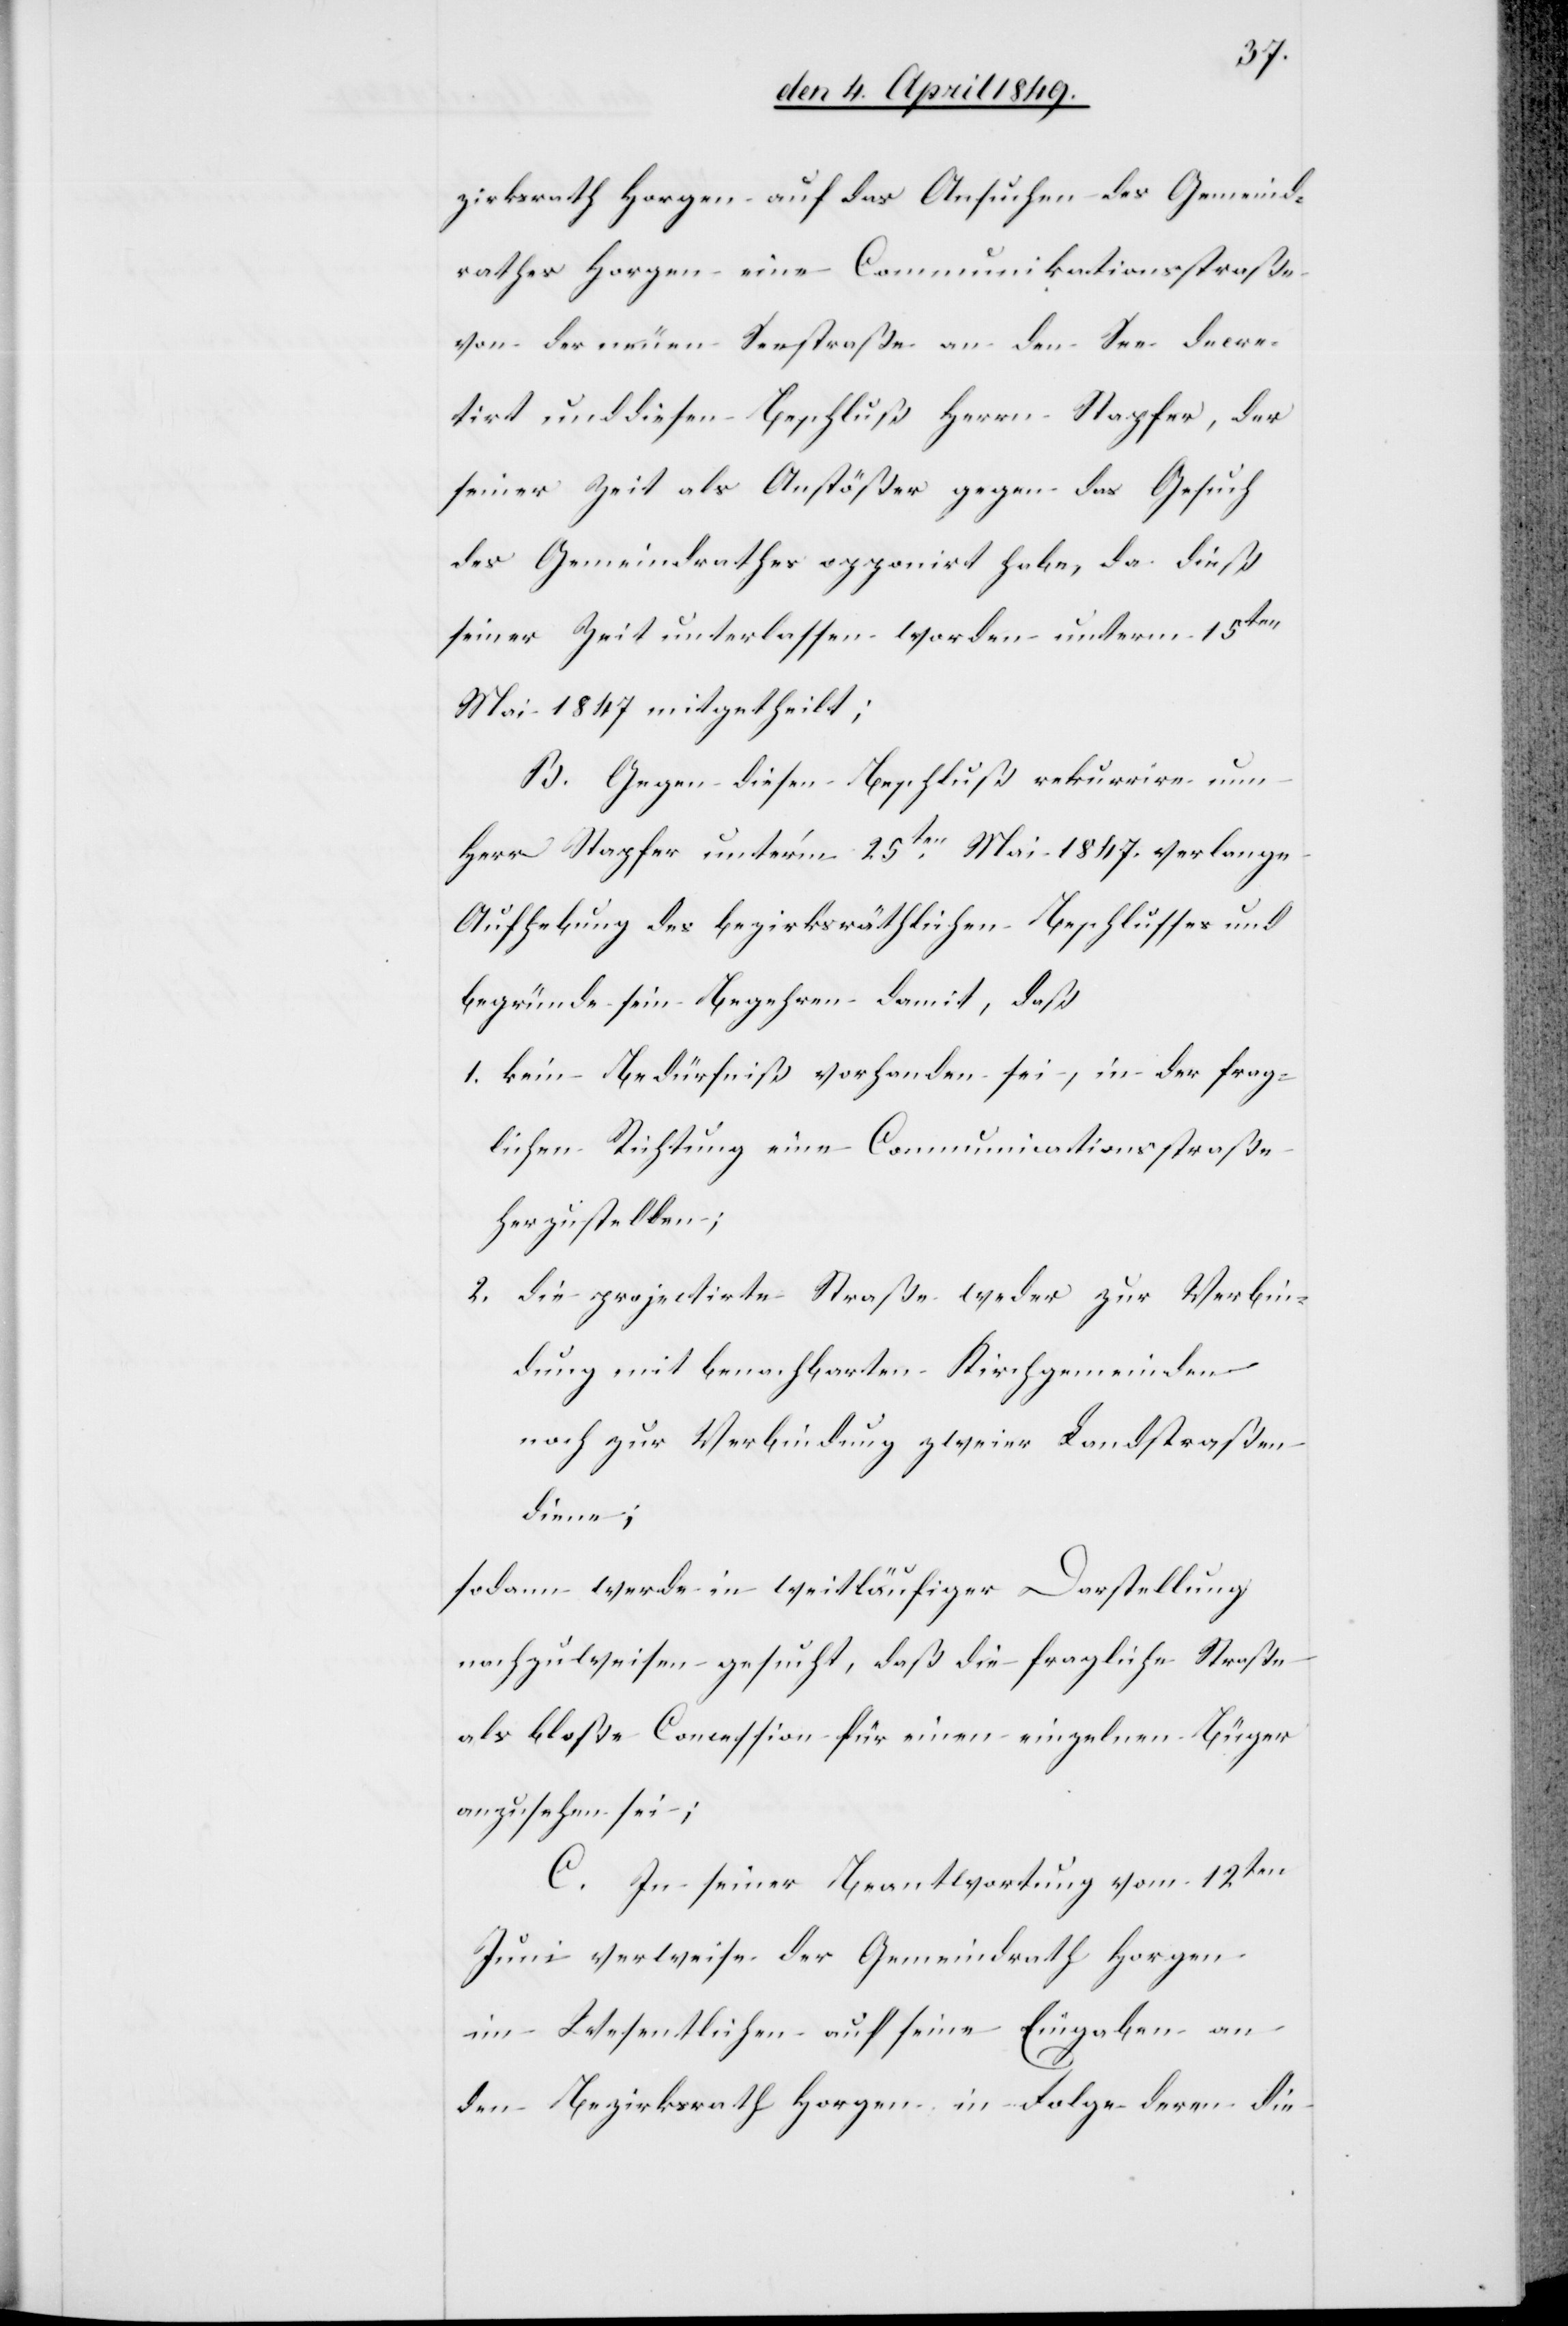
zirksrath Horgen auf das Ansuchen des Gemeind¬
rathes Horgen eine Communikationsstraße
von der neuen Seestraße an den See decre¬
tirt und diesen Beschluß Herrn Stapfer, der
seiner Zeit als Anstößer gegen das Gesuch
des Gemeindrathes opponirt habe, da dieß
seiner Zeit unterlassen worden unterm 15ten
Mai 1847. mitgetheilt;
B. Gegen diesen Beschluß rekurrire nun
Herr Stapfer unter’m 25ten Mai 1847. verlange
Aufhebung des bezirksräthlichen Beschlusses und
begründe sein Begehren damit, daß
1. kein Bedürfniß vorhanden sei, in der frag¬
lichen Richtung eine Communicationsstraße
herzustellen;
2. die projectirte Straße weder zur Verbin¬
dung mit benachbarten Kirchgemeinden
noch zur Verbindung zweier Landstraßen
diene;
sodann werde in weitläufiger Darstellung
nachzuweisen gesucht, daß die fragliche Straße
als bloße Concession für einen einzelnen Bürger
anzusehen sei;
C. In seiner Beantwortung vom 12ten
Juni verweise der Gemeindrath Horgen
im Wesentlichen auf seine Eingaben an
den Bezirksrath Horgen in Folge deren die